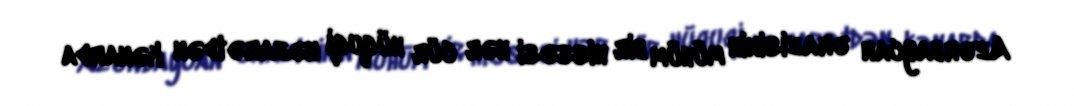
Azərbaycan ərazisinin mühüm bir hissəsi hər cür hüquqi nəzarətdən kənarda